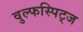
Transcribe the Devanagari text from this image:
वुल्फस्पिट्ज